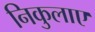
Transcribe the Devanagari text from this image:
निकुलाए